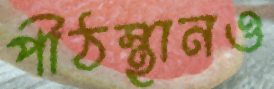
পীঠস্থানও